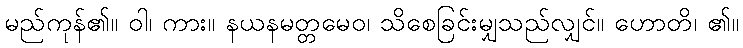
မည်ကုန်၏။ ဝါ၊ ကား။ နယနမတ္တမေဝ၊ သိစေခြင်းမျှသည်လျှင်။ ဟောတိ၊ ၏။